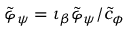
\tilde { \varphi } _ { \psi } = \iota _ { \beta } \tilde { \varphi } _ { \psi } / \tilde { c } _ { \phi }